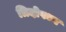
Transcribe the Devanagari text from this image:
त्रिदोषध्न